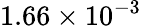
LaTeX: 1.66\times 10^{-3}